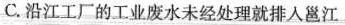
C.沿江工厂的工业废水未经处理就排人邕江